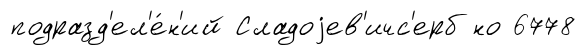
подразд'ел'е́н'ий Сладоjев'ичс'ерб но 6778